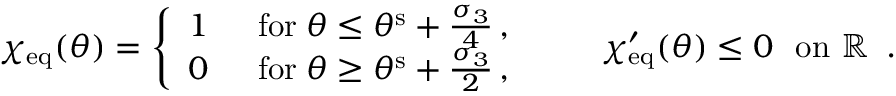
\begin{array} { r } { \chi _ { \mathrm { e q } } ( \theta ) = \left\{ \begin{array} { l l } { 1 } & { \, \, \, \mathrm { f o r } \; \theta \leq \theta ^ { \mathrm { s } } + \frac { \sigma _ { 3 } } { 4 } \, , } \\ { 0 } & { \, \, \, \mathrm { f o r } \; \theta \geq \theta ^ { \mathrm { s } } + \frac { \sigma _ { 3 } } { 2 } \, , } \end{array} \right. \qquad \chi _ { \mathrm { e q } } ^ { \prime } ( \theta ) \leq 0 \, \, \, \, \mathrm { o n ~ \mathbb { R } ~ } \, . } \end{array}